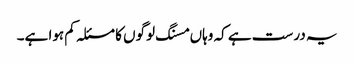
یہ درست ہے کہ وہاں مسنگ لوگوں کا مسئلہ کم ہوا ہے۔